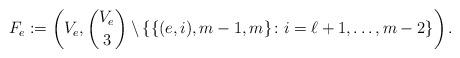
LaTeX: \begin{align*}F_e:=\left(V_e,\binom{V_e}{3}\setminus\left\{\{(e,i),m-1,m\}\colon i=\ell+1,\ldots, m-2\right\} \right). \end{align*}